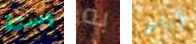
وستة به آباد